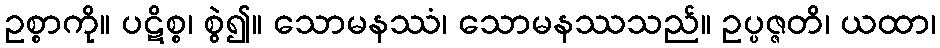
ဥစ္စာကို။ ပဋိစ္စ၊ စွဲ၍။ သောမနဿံ၊ သောမနဿသည်။ ဥပ္ပဇ္ဇတိ၊ ယထာ၊